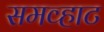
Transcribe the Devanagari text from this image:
समव्हाट